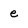
Character: e